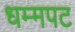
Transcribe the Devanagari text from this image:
धम्मपट